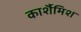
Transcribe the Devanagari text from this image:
कार्शैमिश